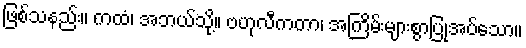
ဖြစ်သနည်း။ ကထံ၊ အဘယ်သို့။ ဗဟုလီကတာ၊ အကြိမ်းများစွာပြုအပ်သော။